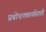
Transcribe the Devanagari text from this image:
प्रबोधनकार्यासाठी